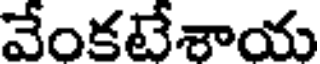
వేంకటేశాయ